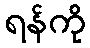
ရန်ကို